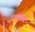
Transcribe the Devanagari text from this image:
चंपनीने